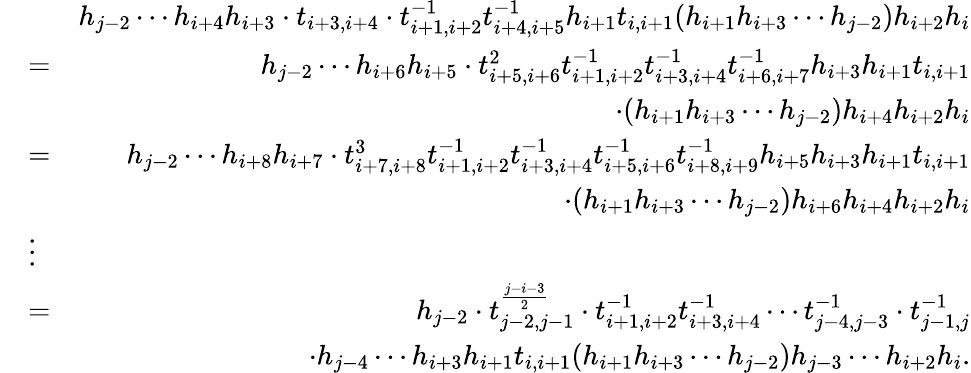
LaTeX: \begin{array}{rlr}&{}&{h_{j-2}\cdots h_{i+4}h_{i+3}\cdot t_{i+3,i+4}\cdot t_{i+1,i+2}^{-1}t_{i+4,i+5}^{-1}h_{i+1}t_{i,i+1}(h_{i+1}h_{i+3}\cdots h_{j-2})h_{i+2}h_{i}}\\ &{=}&{h_{j-2}\cdots h_{i+6}h_{i+5}\cdot t_{i+5,i+6}^{2}t_{i+1,i+2}^{-1}t_{i+3,i+4}^{-1}t_{i+6,i+7}^{-1}h_{i+3}h_{i+1}t_{i,i+1}}\\ &{}&{\cdot(h_{i+1}h_{i+3}\cdots h_{j-2})h_{i+4}h_{i+2}h_{i}}\\ &{=}&{h_{j-2}\cdots h_{i+8}h_{i+7}\cdot t_{i+7,i+8}^{3}t_{i+1,i+2}^{-1}t_{i+3,i+4}^{-1}t_{i+5,i+6}^{-1}t_{i+8,i+9}^{-1}h_{i+5}h_{i+3}h_{i+1}t_{i,i+1}}\\ &{}&{\cdot(h_{i+1}h_{i+3}\cdots h_{j-2})h_{i+6}h_{i+4}h_{i+2}h_{i}}\\ &{\vdots}&\\ &{=}&{h_{j-2}\cdot t_{j-2,j-1}^{\frac{j-i-3}{2}}\cdot t_{i+1,i+2}^{-1}t_{i+3,i+4}^{-1}\cdots t_{j-4,j-3}^{-1}\cdot t_{j-1,j}^{-1}}\\ &{}&{\cdot h_{j-4}\cdots h_{i+3}h_{i+1}t_{i,i+1}(h_{i+1}h_{i+3}\cdots h_{j-2})h_{j-3}\cdots h_{i+2}h_{i}.}\end{array}